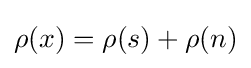
\rho (x)=\rho (s)+\rho (n)